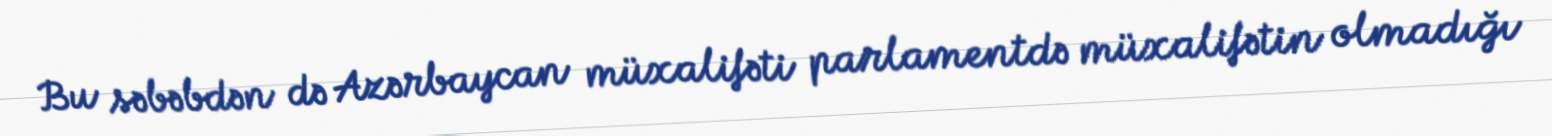
Bu səbəbdən də Azərbaycan müxalifəti parlamentdə müxalifətin olmadığı